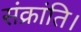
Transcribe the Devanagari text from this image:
संक्रांति।